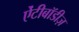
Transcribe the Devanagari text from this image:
ऐंटीबॉडीज़